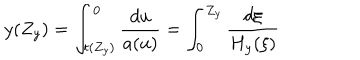
y ( Z _ { y } ) = \int _ { t ( Z _ { y } ) } ^ { 0 } \frac { d u } { a ( u ) } = \int _ { 0 } ^ { Z _ { y } } \frac { d \xi } { H _ { y } ( \xi ) }